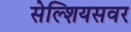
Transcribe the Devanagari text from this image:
सेल्शियसवर